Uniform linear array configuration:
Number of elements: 12
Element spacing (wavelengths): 1
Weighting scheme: blackman
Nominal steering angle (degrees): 60
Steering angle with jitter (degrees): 59.378
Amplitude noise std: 0.05
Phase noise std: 0.05

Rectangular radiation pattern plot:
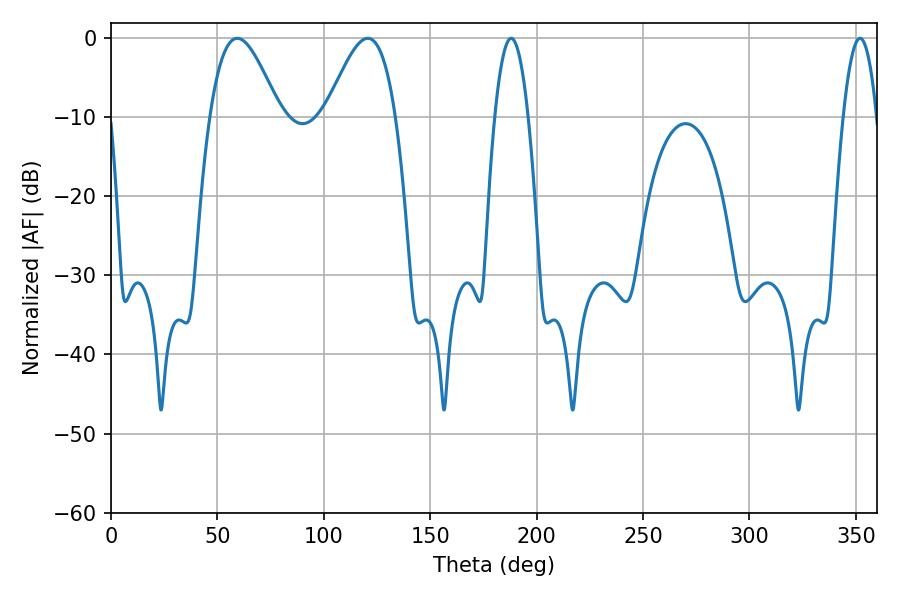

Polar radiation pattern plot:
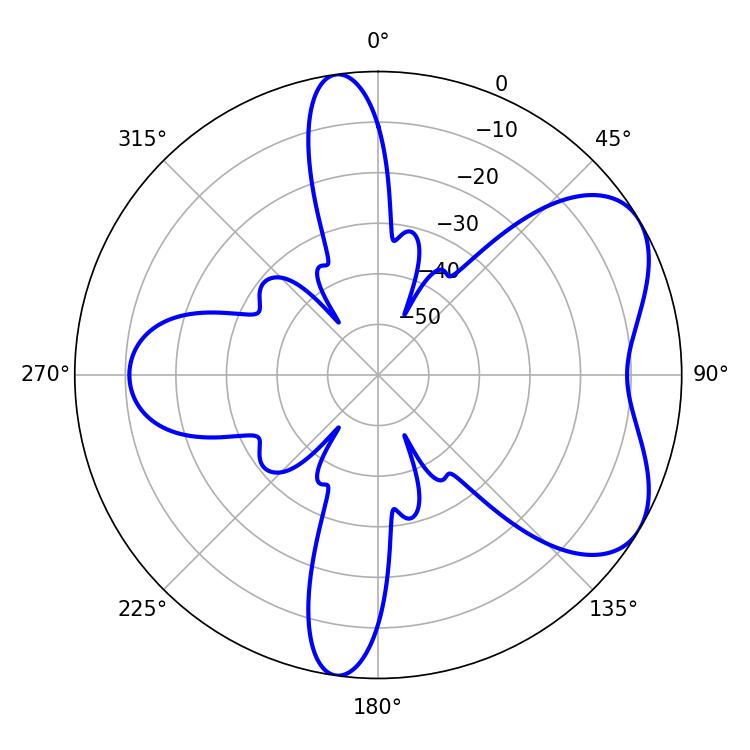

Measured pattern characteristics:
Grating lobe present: TRUE
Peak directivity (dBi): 5.74
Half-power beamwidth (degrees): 17.64
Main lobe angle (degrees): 59.4